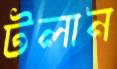
টলান